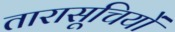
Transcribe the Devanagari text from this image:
तारासूचियों